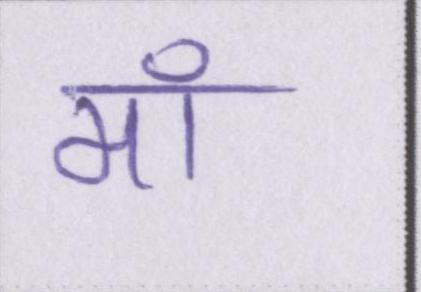
मॉ